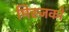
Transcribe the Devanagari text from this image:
मिस्जको